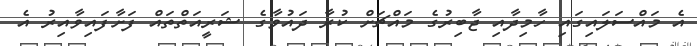
އެ މައްސަލައިގައި ހާމިދާއި ޖާބިރުގެ މައްޗަށް ކުރާ ދައުވާގެ ޝަރީއަތްތައް ފަށާފައިވާއިރު އެ